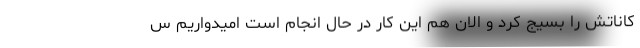
کاناتش را بسیج کرد و الان هم این کار در حال انجام است امیدواریم س